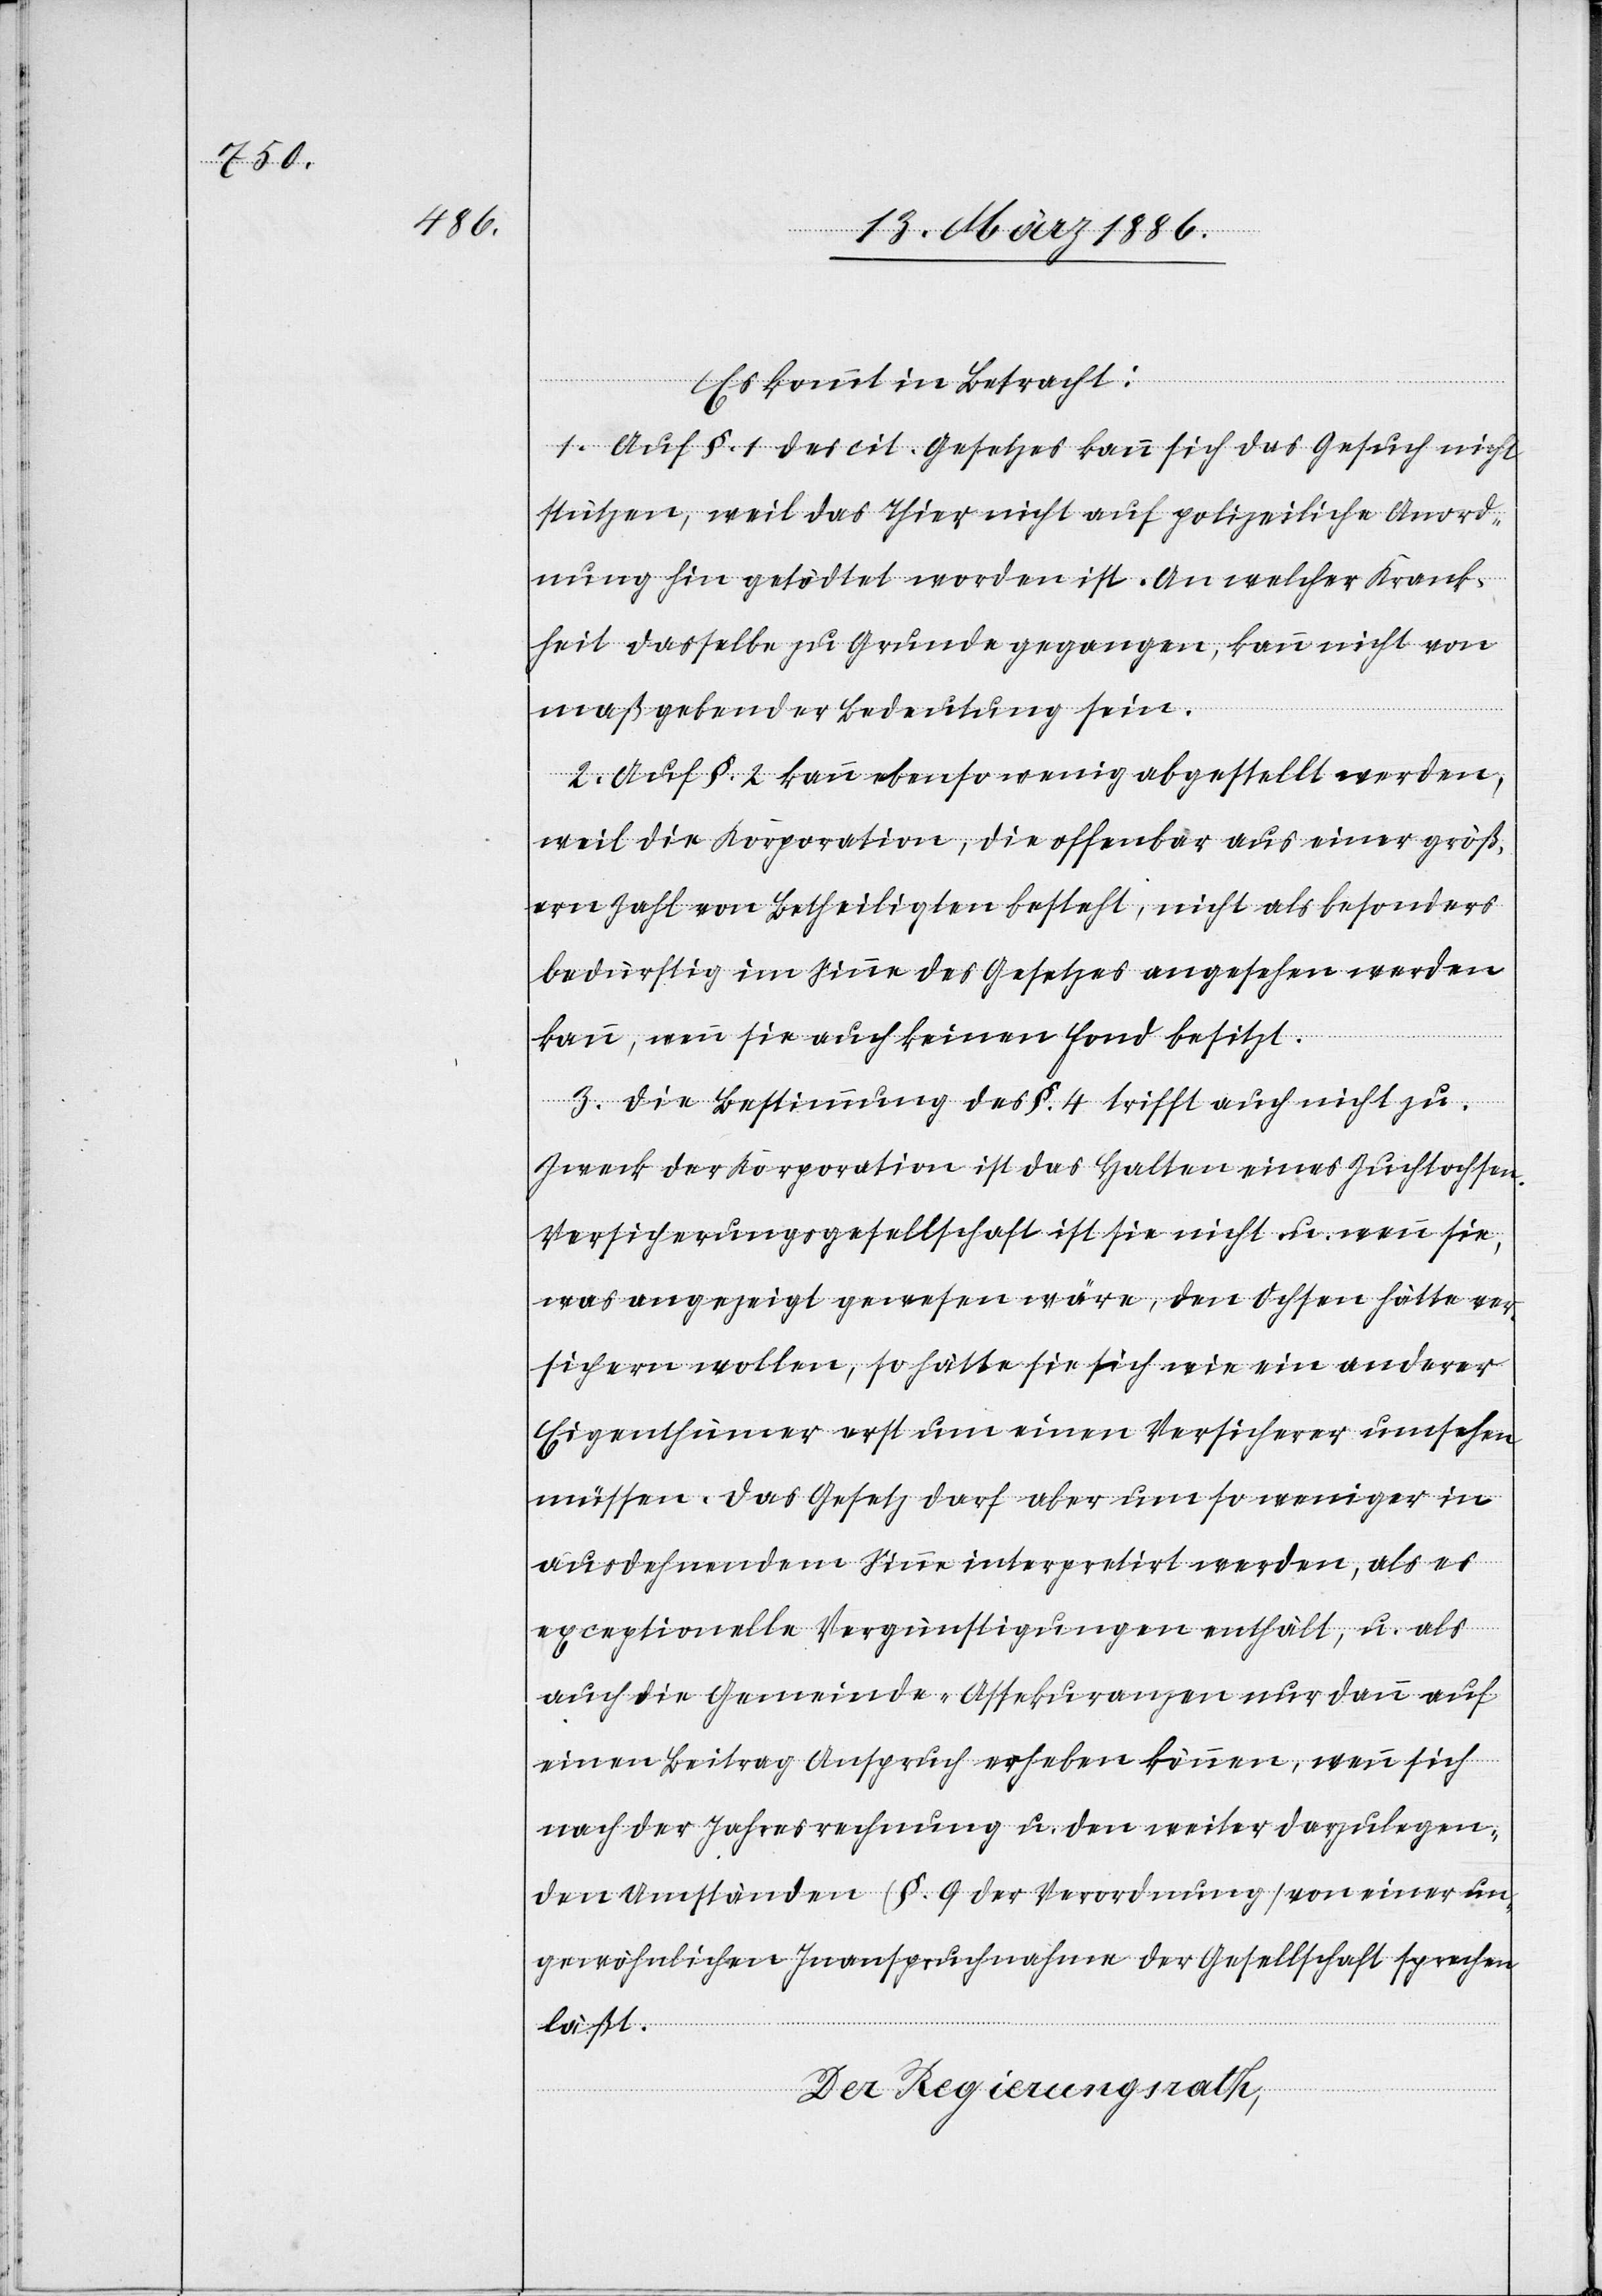
Es kommt in Betracht:
1. Auf §. 1 des cit. Gesetzes kann sich das Gesuch nicht
stützen, weil das Thier nicht auf polizeiliche Anord¬
nung hin getödtet worden ist. An welcher Krank¬
heit dasselbe zu Grunde gegangen, kann nicht von
maßgebender Bedeutung sein.
2. Auf §. 2 kann ebenso wenig abgestellt werden,
weil die Korporation, die offenbar aus einer größ¬
ern Zahl von Betheiligten besteht, nicht als besonders
bedürftig im Sinne des Gesetzes angesehen werden
kann, wenn sie auch keinen Fond besitzt.
3. Die Bestimmung des §. 4 trifft auch nicht zu.
Zweck der Korporation ist das Halten eines Zuchtochsen.
Versicherungsgesellschaft ist sie nicht u. wenn sie,
was angezeigt gewesen wäre, den Ochsen hätte ver¬
sichern wollen, so hätte sie sich wie ein anderer
Eigenthümer erst um einen Versicherer umsehen
müssen. Das Gesetz darf aber um so weniger in
ausdehnendem Sinne interpretirt werden, als es
exceptionelle Vergünstigungen enthält, u. als
auch die Gemeinde-Assekuranzen nur dann auf
einen Beitrag Anspruch erheben können, wenn sich
nach der Jahresrechnung u. den weiter darzulegen¬
den Umständen (§. 9 der Verordnung) von einer un¬
gewöhnlichen Inanspruchnahme der Gesellschaft sprechen
läßt.
Der Regierungsrath,